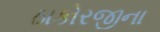
ઠાકોરજીના